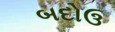
બદોઉ